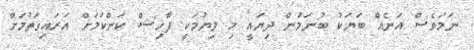
ނަމަވެސް އަނެއް ބަޔަކު ބުނަމުން ދިޔައީ މި ލިޔުމަކީ ފާހިޝް ކަންކަމަށް އަރައިގަތުމަށް